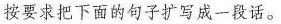
按要求把下面的句子扩写成一段话。